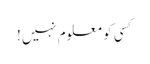
کسی کو معلوم نہیں!